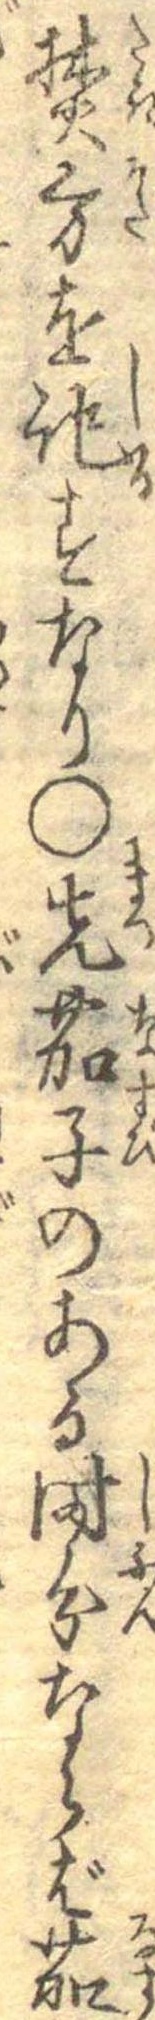
焚方を記すなり○先茄子のある時分ならば茄